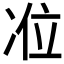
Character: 𭂏